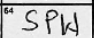
Transcription: SPW